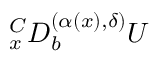
{ } _ { x } ^ { C } D _ { b } ^ { ( \alpha ( x ) , \delta ) } U